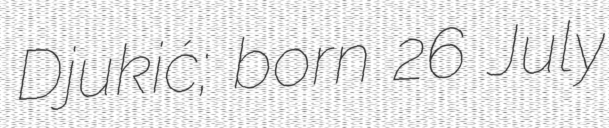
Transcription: Djukić; born 26 July